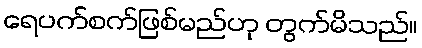
ရေပက်စက်ဖြစ်မည်ဟု တွက်မိသည်။